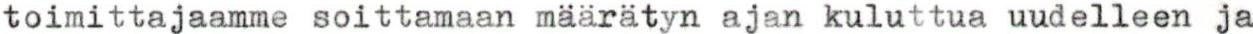
toimittajaamme soittamaan määrätyn ajan kuluttua uudelleen ja